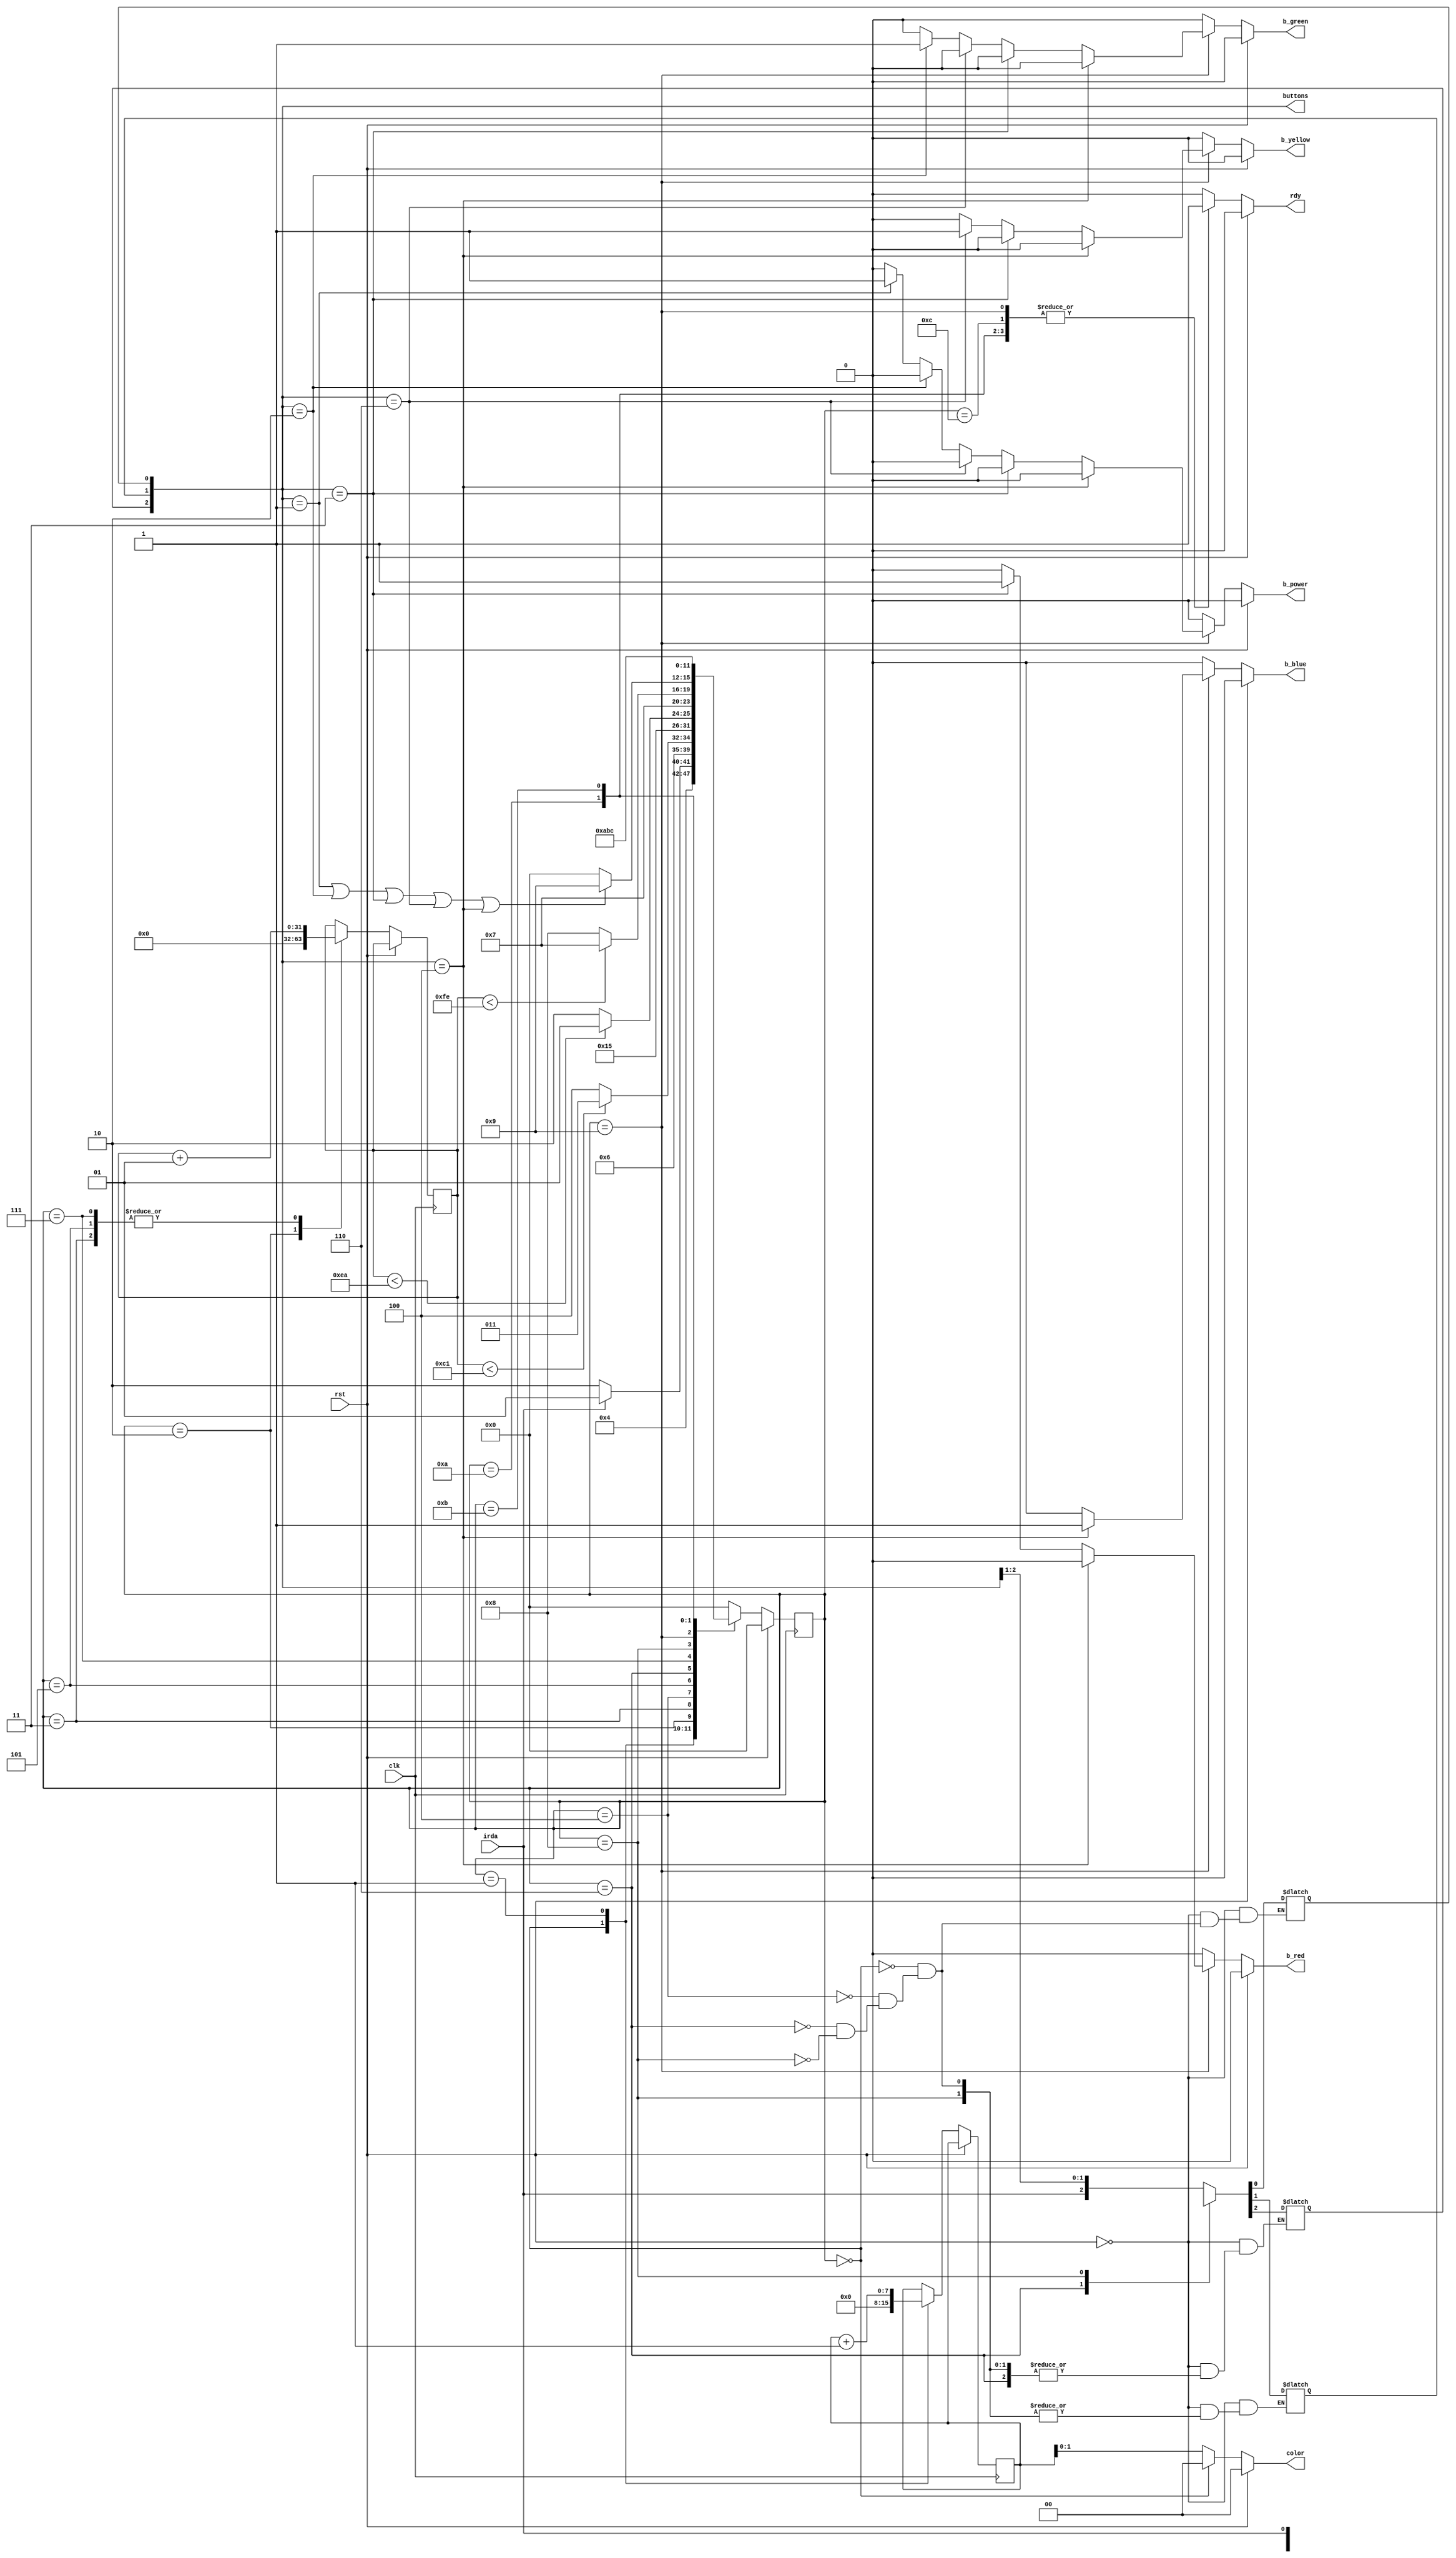
`timescale 1ns/1ps

module controle_IR (rst, clk, irda, color, rdy, buttons, b_power, b_blue, b_yellow, b_green, b_red);
	input rst, clk, irda;
	output reg [1:0] color; 
	output reg [2:0] buttons;
	output reg rdy, b_power, b_blue, b_yellow, b_green, b_red;

	integer counter_buttons;
	reg [7:0] counter_random;
	
	wire rst, clk, irda;
	
	parameter START  = 4'b0000,
				 S0 = 4'b0001,
				 S1 = 4'b0010,
				 S2  = 4'b0011,
				 S3 = 4'b0100,
				 S4 = 4'b0101,
				 S5  = 4'b0110,
				 S6 = 4'b0111,
				 S7 = 4'b1000,
				 S8 = 4'b1001,
				 S9 = 4'b1010,
				 S10 = 4'b1011,
				 S11= 4'b1100;
				 
				 
	reg [3:0] state;
	reg [3:0] next_state;
	
				
	always @ (posedge clk) 
		begin
			if (rst == 1'b1) begin
				state <= START;
			end 
			else begin
				case (state)
					START: begin
						counter_random <= 1'b0;
					end 
					
					S0: begin
						counter_random <= counter_random + 1'b1;
					end
					
					S1: begin
						counter_buttons <= 0;
					end
						
					S2: begin
						counter_buttons <= counter_buttons + 1;
					end
					
					S4: begin
						counter_buttons <= counter_buttons + 1;
					end
					
					S6: begin
						counter_buttons <= counter_buttons + 1;
					end
						
				endcase

				state <= next_state;
			end
		end
	
	
	always @ (state or irda or rst) 
		begin: OUTPUT
			if (rst == 1'b1) begin
				color = 2'b00;
				buttons = 3'bxxx; 
				rdy = 1'b0;
				b_blue = 1'b0;
				b_green = 1'b0;
				b_red = 1'b0;
				b_yellow = 1'b0;
				b_power = 1'b0;
			end 
			else begin
				case (state)
	
					
					START: begin			
						color = 2'b00;
						buttons = 3'bxxx; 
						rdy = 1'b0;
						b_blue = 1'b0;
						b_green = 1'b0;
						b_red = 1'b0;
						b_yellow = 1'b0;
						b_power = 1'b0;
					end
					
					S0: begin			
						color = counter_random;
						buttons = buttons; 
						rdy = 1'b0;
						b_blue = 1'b0;
						b_green = 1'b0;
						b_red = 1'b0;
						b_yellow = 1'b0;
						b_power = 1'b0;
					end
						
					S3: begin
						color = counter_random;
						buttons = {irda, buttons[2:1]}; 
						rdy = 1'b0;
						b_blue = 1'b0;
						b_green = 1'b0;
						b_red = 1'b0;
						b_yellow = 1'b0;
						b_power = 1'b0;
					end
						
					S5: begin
						color = counter_random;
						buttons = {buttons[2], irda, buttons[1]};
						rdy = 1'b0;
						b_blue = 1'b0;
						b_green = 1'b0;
						b_red = 1'b0;
						b_yellow = 1'b0;
						b_power = 1'b0;
					end
										
					S7: begin
						color = counter_random;
						buttons = {buttons[2:1], irda};
						rdy = 1'b0;
						b_blue = 1'b0;
						b_green = 1'b0;
						b_red = 1'b0;
						b_yellow = 1'b0;
						b_power = 1'b0;
					end
					
					S8: begin
						rdy = 1'b1;
						color = counter_random;
						buttons = buttons; 
						
						
						if (buttons == 3'b100) begin
							b_blue = 1'b1;
							b_green = 1'b0;
							b_red = 1'b0;
							b_yellow = 1'b0;
							b_power = 1'b0;
						end else if (buttons == 3'b011) begin
							b_blue = 1'b0;
							b_green = 1'b0;
							b_red = 1'b1;
							b_yellow = 1'b0;
							b_power = 1'b0;
						end else if (buttons == 3'b110) begin
							b_blue = 1'b0;
							b_green = 1'b0;
							b_red = 1'b0;
							b_yellow = 1'b1;
							b_power = 1'b0;
							
						end else if (buttons == 3'b010) begin
							b_blue = 1'b0;
							b_green = 1'b1;
							b_red = 1'b0;
							b_yellow = 1'b0;
							b_power = 1'b0;
						end else if (buttons == 3'b001) begin
							b_blue = 1'b0;
							b_green = 1'b0;
							b_red = 1'b0;
							b_yellow = 1'b0;
							b_power = 1'b1;
						end else begin
							b_blue = 1'b0;
							b_green = 1'b0;
							b_red = 1'b0;
							b_yellow = 1'b0;
							b_power = 1'b0;
						end
					end 
					
					S9: begin
						color = counter_random;
						buttons = buttons; 
						rdy = 1'b1; 
						b_blue = 1'b0;
						b_green = 1'b0;
						b_red = 1'b0;
						b_yellow = 1'b0;
						b_power = 1'b0;
					end
					
					S10: begin
						color = counter_random;
						buttons = buttons; 
						rdy = 1'b1; 
						b_blue = 1'b0;
						b_green = 1'b0;
						b_red = 1'b0;
						b_yellow = 1'b0;
						b_power = 1'b0;
					end
					
					S11: begin
						color = counter_random;
						buttons = buttons; 
						rdy = 1'b1; 
						b_blue = 1'b0;
						b_green = 1'b0;
						b_red = 1'b0;
						b_yellow = 1'b0;
						b_power = 1'b0;
					end 
					
					default: begin				
						color = counter_random;
						buttons = buttons; 
						rdy = 1'b0;
						b_blue = 1'b0;
						b_green = 1'b0;
						b_red = 1'b0;
						b_yellow = 1'b0;
						b_power = 1'b0;
					end
					
				endcase				
			end			
		end
	
	
	always @ (state or irda or rst or counter_buttons) 
		begin: FSM_COMBO
		
			next_state = START;
		
			if (rst == 1'b1) begin
				next_state = START;
			end
			
			
			case (state)
			
				default: begin
					next_state = START;
				end
				
				START: begin
					next_state = S0;
				end 
				
				S0: begin
					if (irda == 1'b0) begin
						next_state = S1;
					end else begin
						next_state = S0;
					end
				end
				
				S1: begin
					next_state = S2;
				end
					
				S2: begin
					if (counter_buttons < 193) begin
						next_state = S2;
					end else begin
						next_state = S3;
					end
				end
				
				S3: begin
					next_state = S4;
				end
				
				S4: begin
					if (counter_buttons < 234) begin
						next_state = S4;
					end else begin
						next_state = S5;
					end
				end
					
				S5: begin
					next_state = S6; 
				end
				
				S6: begin
					if (counter_buttons < 254) begin
						next_state = S6;
					end else begin
						next_state = S7;
					end
				end	
					
				S7: begin
					if (buttons == 3'b001 || buttons == 3'b010 || buttons == 3'b011 || buttons == 3'b110 || buttons == 3'b100) begin
						next_state = S8;
					end else begin
							next_state = START;
					end
				end
				
				S8: begin
					next_state = S9;
				end
				
				S9: begin
					next_state = S10;
				end
				
				S10: begin
					next_state = S11;
				end
				
				S11: begin
					next_state = START;
				end
				
			endcase
				
		end
		
	
endmodule